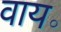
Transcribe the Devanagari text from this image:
वाय॰